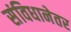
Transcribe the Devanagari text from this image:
संविधानेतर